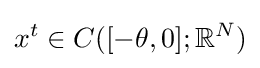
x^{t}\in C([-\theta ,0];\mathbb {R} ^{N})